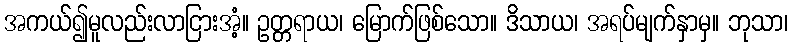
အကယ်၍မူလည်းလာငြားအံ့။ ဥတ္တရာယ၊ မြောက်ဖြစ်သော။ ဒိသာယ၊ အရပ်မျက်နှာမှ။ ဘုသာ၊